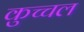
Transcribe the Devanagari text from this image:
कुच्चल